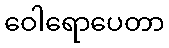
ဝေါရောပေတာ